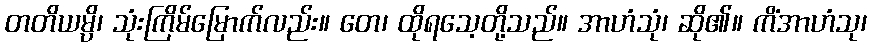
တတိယမ္ပိ၊ သုံးကြိမ်မြောက်လည်း။ တေ၊ ထိုရသေ့တို့သည်။ အာဟံသုံ၊ ဆို၏။ ကိံအာဟံသု၊